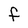
Character: F